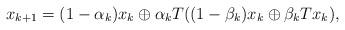
LaTeX: \begin{align*}x_{k+1}=(1-\alpha_k)x_k\oplus\alpha_kT((1-\beta_k)x_k\oplus\beta_kTx_k),\end{align*}